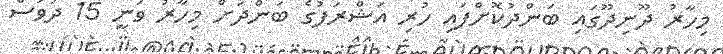
މިހާރު ދޫނިދޫގައި ބަންދުކޮށްފައި ހުރި އަޝްރަފުގެ ބަންދަށް މިހާރު ވަނީ 15 ދުވަސް